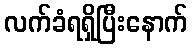
လက်ခံရရှိပြီးနောက်